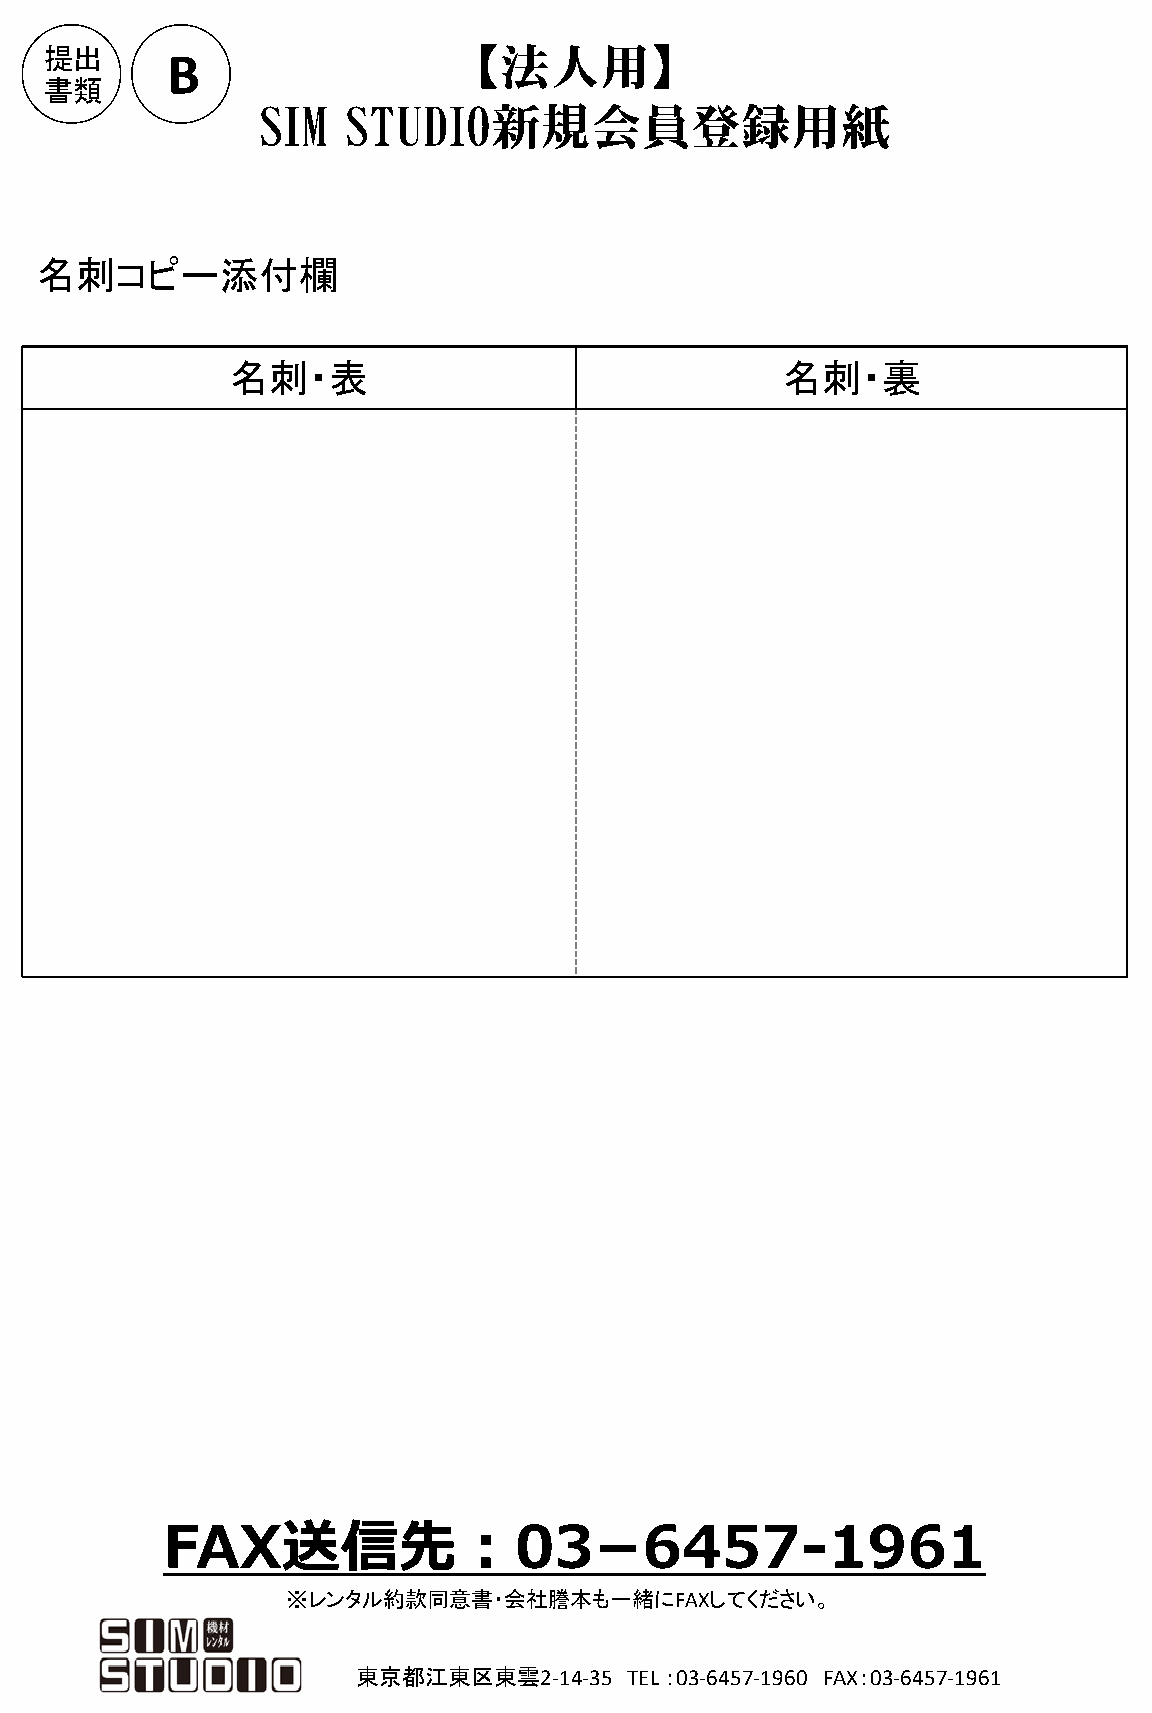
提出                         【法人用】
 B
 書類
 SIM   STUDIO新規会員登録用紙
 名刺コピー添付欄
 名刺・表                                 名刺・裏
 FAX送信先：03−6457-1961
 ※レンタル約款同意書・会社謄本も一緒にFAXしてください。
 東京都江東区東雲2-14-35   TEL ：03-6457-1960 FAX：03-6457-1961